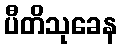
ပီတိသုခေန